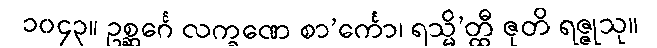
၁၀၄၃။ ဥစ္ဆင်္ဂေ လက္ခဏေ စာ’င်္ကော၊ ရသ္မိ’တ္ထီ ဇုတိ ရဇ္ဇုသု။